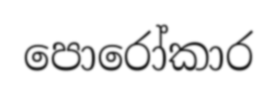
පොරෝකාර